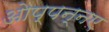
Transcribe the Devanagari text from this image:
ओप्पन्नए